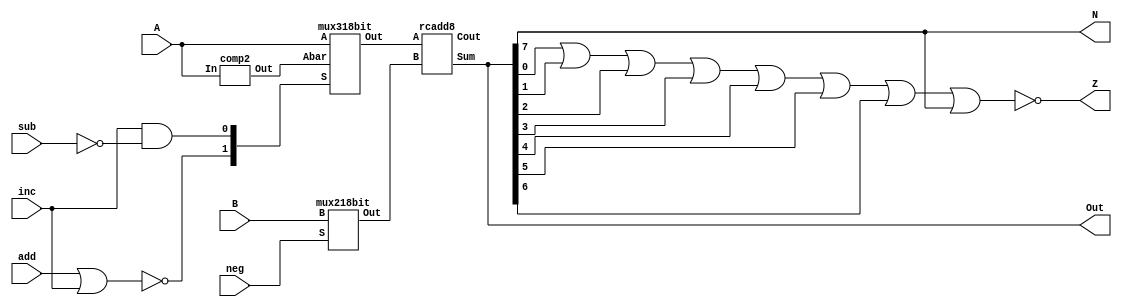
`timescale 1ns / 1ps
//////////////////////////////////////////////////////////////////////////////////
// Company: 
// 
// Design Name: 8 Bit ALU
// Module Name: alu
// Project Name: 
// Target Devices: 
// Tool Versions: 
// Description: 
// 
// Dependencies: 
// 
// Revision:
// Revision 0.01 - File Created
// Additional Comments:
// 
//////////////////////////////////////////////////////////////////////////////////


module alu(
    input [7:0] A,
    input [7:0] B,
    input add,
    input inc,
    input neg,
    input sub,
    output [7:0] Out,
    output Z,
    output N
    );
    wire [1:0] sel;
    wire [7:0] outA;
    wire [7:0] outB;
    wire [7:0] negA;
    wire [7:0] outAdd;
    wire carryout, nsub;
    
    not (nsub, sub);
    and(sel[0], inc, nsub);
    nor(sel[1], add, inc);
    
    comp2 minusA(negA, A);
    mux318bit m31(outA, A, negA, sel);
    mux218bit m21(outB, B, neg);
    rcadd8 fadd(outA, outB, Out, carryout);
    
    nor (Z, Out[0], Out[1], Out[2], Out[3], Out[4], Out[5], Out[6], Out[7]);
    assign N = Out[7];    
endmodule

module halfadd(s, c, a, b);
    input a, b;
    output s, c;
    
    xor (s, a, b);
    and (c, a, b);
endmodule

module add1(A, B, cin, sum, cout);
    input A;
    input B;
    input cin;
    output sum;
    output cout;
    wire w1, w2, w3;
    
//    xor (w1, A, B);
//    xor (sum, w1, cin);
//    and (w2, w1, cin);
//    and (w3, A, B);
//    or (cout, w2, w3);    
    halfadd h1(w1, w2, A, B);
    halfadd h2(sum, w3, w1, cin);
    or (cout, w2, w3);
endmodule

module rcadd8(A, B, Sum, Cout);
    input [7:0] A;
    input [7:0] B;
    output [7:0] Sum;
    output Cout;
    wire [6:0] c;
    
    add1 a1(A[0], B[0], 1'b0 , Sum[0], c[0]);
    add1 a2(A[1], B[1], c[0], Sum[1], c[1]);
    add1 a3(A[2], B[2], c[1], Sum[2], c[2]);
    add1 a4(A[3], B[3], c[2], Sum[3], c[3]);
    add1 a5(A[4], B[4], c[3], Sum[4], c[4]);
    add1 a6(A[5], B[5], c[4], Sum[5], c[5]);
    add1 a7(A[6], B[6], c[5], Sum[6], c[6]);
    add1 a8(A[7], B[7], c[6], Sum[7], Cout);
endmodule

module mux21(out, b, zero, s);
    output out;
    input b, zero, s;
    wire T1, T2, sbar;
    
    not (sbar, s);
    and (T1, zero, s), (T2, b, sbar);
    or (out, T1, T2);
endmodule

module mux218bit(Out, B, S);
    output [7:0] Out;
    input [7:0] B;
    input S;
    
    mux21 m1(Out[0], B[0], 1'b0, S);
    mux21 m2(Out[1], B[1], 1'b0, S);
    mux21 m3(Out[2], B[2], 1'b0, S);
    mux21 m4(Out[3], B[3], 1'b0, S);
    mux21 m5(Out[4], B[4], 1'b0, S);
    mux21 m6(Out[5], B[5], 1'b0, S);
    mux21 m7(Out[6], B[6], 1'b0, S);
    mux21 m8(Out[7], B[7], 1'b0, S);
endmodule

module mux31(out, a, one, abar, s1, s0);
    output out;
    input a, one, abar, s0, s1;
    wire s0bar, s1bar, T1, T2, T3, T4;
    
    not (s0bar, s0), (s1bar, s1);
    and (T1, a, s1bar, s0bar), (T2, one, s1bar, s0), (T3, abar, s1, s0bar), (T4, abar, s1, s0);
    or (out, T1, T2, T3, T4);
endmodule

module mux318bit(Out, A, Abar, S);
    output [7:0] Out;
    input [7:0] A;
    input [7:0] Abar;
    input [1:0] S;
    
    mux31 m1(Out[0], A[0], 1'b1, Abar[0], S[1], S[0]);
    mux31 m2(Out[1], A[1], 1'b0, Abar[1], S[1], S[0]);
    mux31 m3(Out[2], A[2], 1'b0, Abar[2], S[1], S[0]);
    mux31 m4(Out[3], A[3], 1'b0, Abar[3], S[1], S[0]);
    mux31 m5(Out[4], A[4], 1'b0, Abar[4], S[1], S[0]);
    mux31 m6(Out[5], A[5], 1'b0, Abar[5], S[1], S[0]);
    mux31 m7(Out[6], A[6], 1'b0, Abar[6], S[1], S[0]);
    mux31 m8(Out[7], A[7], 1'b0, Abar[7], S[1], S[0]);
endmodule

module comp2(Out, In);
    output [7:0] Out;
    input [7:0] In;
    
    wire [7:0] inv;
    wire cout;
    
    not (inv[0], In[0]);
    not (inv[1], In[1]);
    not (inv[2], In[2]);
    not (inv[3], In[3]);
    not (inv[4], In[4]);
    not (inv[5], In[5]);
    not (inv[6], In[6]);
    not (inv[7], In[7]);
    
    rcadd8 c2(inv, 8'b00000001, Out, cout);
endmodule